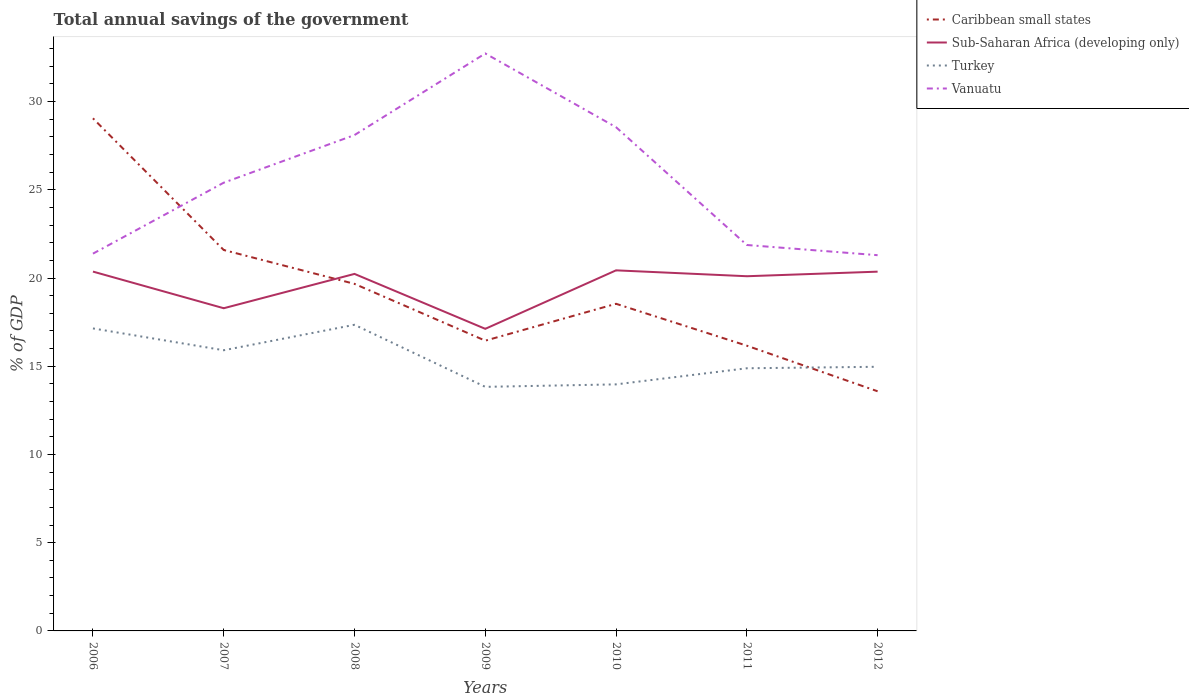
| Years | Caribbean small states | Sub-Saharan Africa (developing only) | Turkey | Vanuatu |
 | --- | --- | --- | --- | --- |
 | 2006 | 29.1 | 20.4 | 17.1 | 21.4 |
 | 2007 | 21.6 | 18.3 | 15.9 | 25.4 |
 | 2008 | 19.7 | 20.2 | 17.3 | 28.1 |
 | 2009 | 16.4 | 17.1 | 13.8 | 32.7 |
 | 2010 | 18.5 | 20.4 | 14 | 28.5 |
 | 2011 | 16.2 | 20.1 | 14.9 | 21.9 |
 | 2012 | 13.6 | 20.4 | 15 | 21.3 |